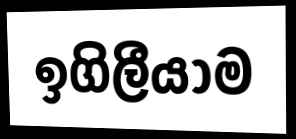
ඉගිලීයාම